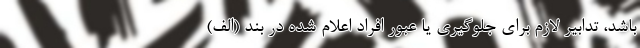
باشد، تدابیر لازم برای جلوگیری یا عبور افراد اعلام شده در بند (الف)